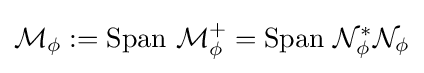
{\mathcal {M}}_{\phi }:={\text{Span}}~{\mathcal {M}}_{\phi }^{+}={\text{Span}}~{\mathcal {N}}_{\phi }^{*}{\mathcal {N}}_{\phi }